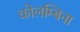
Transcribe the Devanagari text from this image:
कोलम्बिना